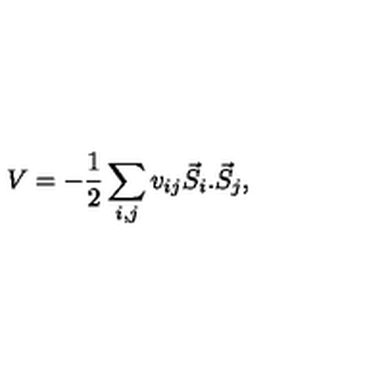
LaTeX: V = - \frac { 1 } { 2 } \sum _ { i , j } v _ { i j } \vec { S } _ { i } . \vec { S } _ { j } ,